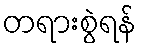
တရားစွဲရန်